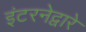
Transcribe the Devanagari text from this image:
इंटरनेद्वारे